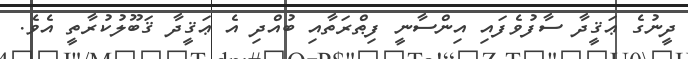
ދީނުގެ ޢަޤީދާ ސާފުވެފައި އިންސާނީ ފިޠްރަތާއި ބުއްދި އެ ޢަޤީދާ ޤަބޫލުކުރާތީ އެވެ.